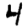
Digit: 4